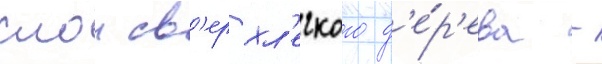
слои св'ерхл'егкого д'е́р'ева -